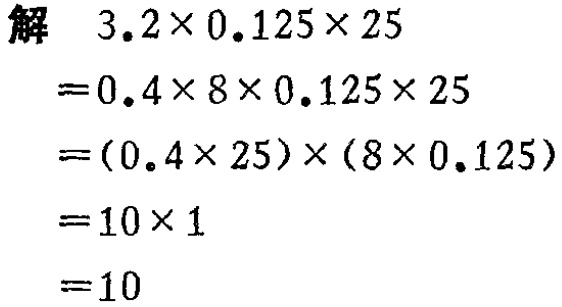
五